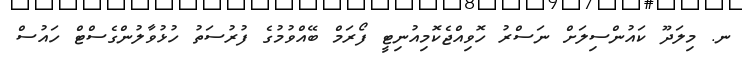
ނ. މިލަދޫ ކައުންސިލަށް ނަސްރު ހޮވިއްޖެކޮމިއުނިޓީ ފޯރަމް ބޭއްވުމުގެ ފުރުސަތު ހުޅުވާލުންގެސްޓް ހައުސް